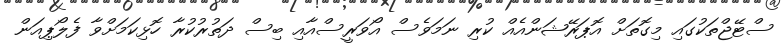
ސްޓޭޖްތަކުގައި މިގޮތަށް އޮޕަރޭޝަންއެއް ކުރި ނަމަވެސް އޯވަރީސްއާއި ބިސް ދަތުރުކުރާ ހޮޅިކަމަށްވާ ފެލޯޕިއަން